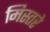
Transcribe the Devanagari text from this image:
मिस्तरे